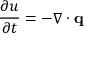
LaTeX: { \frac { \partial u } { \partial t } } = - \nabla \cdot \mathbf { q }